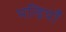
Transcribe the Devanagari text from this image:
मन्डियाँ